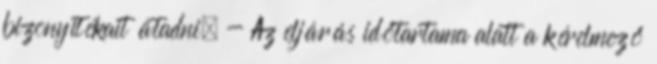
bizonyítékait átadni. - Az eljárás időtartama alatt a kérelmező